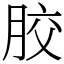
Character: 㬵